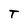
Character: T